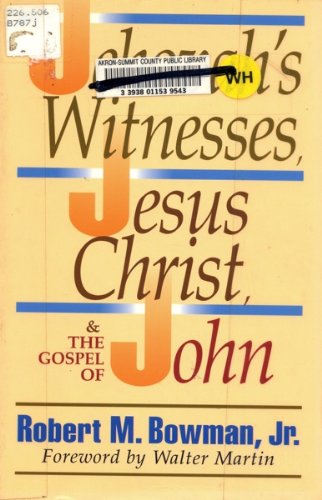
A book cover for The Jehovah's Witnesses, Jesus Christ, and the Gospel of John; Robert M. Bowman Jr.; Christian Books & Bibles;